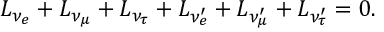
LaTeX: L _ { \nu _ { e } } + L _ { \nu _ { \mu } } + L _ { \nu _ { \tau } } + L _ { \nu _ { e } ^ { \prime } } + L _ { \nu _ { \mu } ^ { \prime } } + L _ { \nu _ { \tau } ^ { \prime } } = 0 .